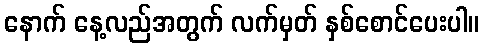
နောက် နေ့လည်အတွက် လက်မှတ် နှစ်စောင်ပေးပါ။